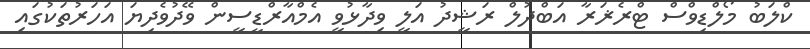
ކްލަބު މޯލްޑިވްސް ޓްރެޜަރާ އަބްދުލް ރަޝީދު އަލީ ވިދާޅުވީ އެމްއާރްޑީސީން ވޭދުވެދިޔަ އަހަރުތަކުގައި